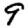
Digit: 9